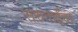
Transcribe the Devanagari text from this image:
सरुताईंचा